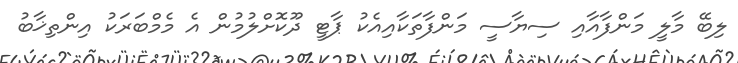
ލިބޭ މާލީ މަންފާއާއި ސިޔާސީ މަންފާތަކާއިއެކު ޕާޓީ ދޫކޮށްލުމުން އެ މެމްބަރަކު އިންތިޚާބު